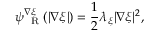
\psi _ { \mathrm { ~ \tiny ~ R ~ } } ^ { \nabla \xi } ( | \nabla \xi | ) = \frac { 1 } { 2 } \lambda _ { \xi } | \nabla \xi | ^ { 2 } ,